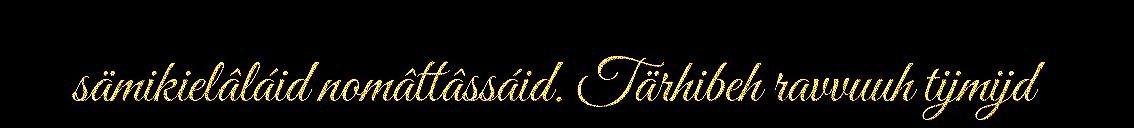
sämikielâláid nomâttâssáid. Tärhibeh ravvuuh tijmijd